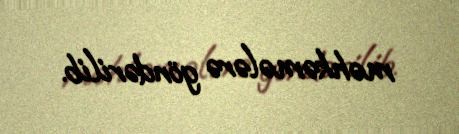
məhkəmələrə göndərilib.